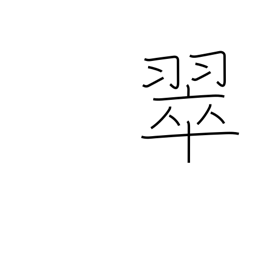
Meaning: kingfisher